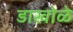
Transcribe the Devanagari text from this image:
डाखोळे